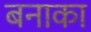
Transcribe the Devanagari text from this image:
बनाका